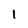
Character: 1